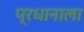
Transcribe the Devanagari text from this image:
प्रधानाला